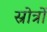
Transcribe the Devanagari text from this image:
स्रोत्रों